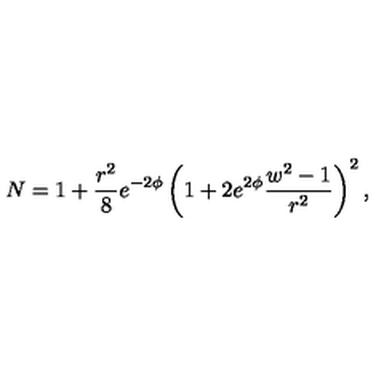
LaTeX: N = 1 + \frac { r ^ { 2 } } { 8 } e ^ { - 2 \phi } \left( 1 + 2 e ^ { 2 \phi } \frac { w ^ { 2 } - 1 } { r ^ { 2 } } \right) ^ { 2 } ,